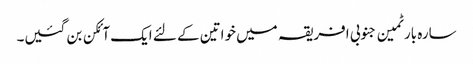
سارہ بارٹمین جنوبی افریقہ میں خواتین کے لئے ایک آئکن بن گئیں۔